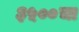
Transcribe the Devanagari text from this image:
३५००चा